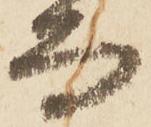
而